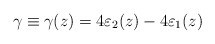
\begin{align*}\gamma\equiv\gamma(z)=4\varepsilon_2(z)-4\varepsilon_1(z)\end{align*}